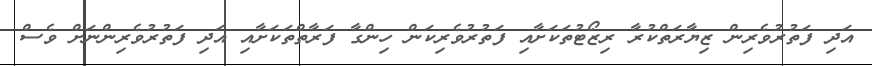
އަދި ފަތުރުވެރިން ޒިޔާރަތްކުރާ ރިޒޯޓުތަކަށާއި ފަތުރުވެރިކަން ހިންގާ ފަރާތްތަކަށާއި އަދި ފަތުރުވެރިންނަށް ވެސް